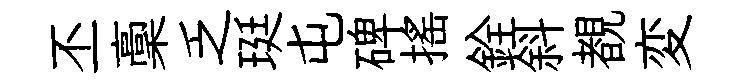
丕稾乏珽屯碑搖銓斜覩変